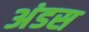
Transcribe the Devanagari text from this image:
अंडस